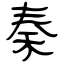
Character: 秦